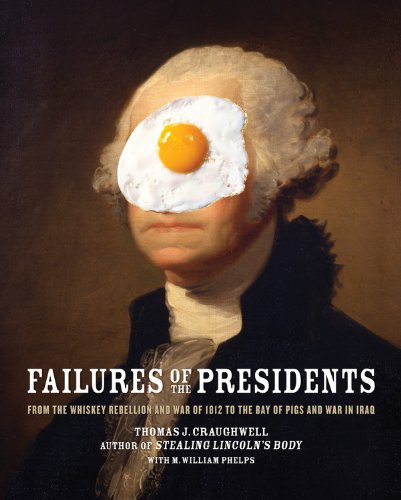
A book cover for Failures of the Presidents: From the Whiskey Rebellion and War of 1812 to the Bay of Pigs and War in Iraq; Thomas J. Craughwell; History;